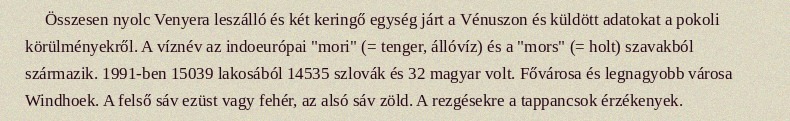
Összesen nyolc Venyera leszálló és két keringő egység járt a Vénuszon és küldött adatokat a pokoli körülményekről. A víznév az indoeurópai "mori" (= tenger, állóvíz) és a "mors" (= holt) szavakból származik. 1991-ben 15039 lakosából 14535 szlovák és 32 magyar volt. Fővárosa és legnagyobb városa Windhoek. A felső sáv ezüst vagy fehér, az alsó sáv zöld. A rezgésekre a tappancsok érzékenyek.